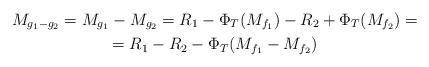
LaTeX: \begin{gather*}M_{g_1-g_2}=M_{g_1}-M_{g_2}= R_1-\Phi_T(M_{f_1})-R_2+\Phi_T(M_{f_2}) = \\ = R_1-R_2-\Phi_T(M_{f_1}-M_{f_2})\end{gather*}